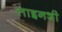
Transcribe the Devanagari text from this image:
लाइनशी